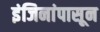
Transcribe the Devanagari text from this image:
इंजिनांपासून